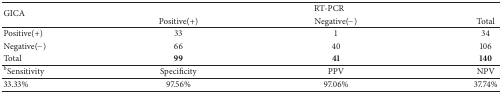
| <ROWSPAN=2> GICA | <COLSPAN=3> RT-PCR |
 | Positive(+) | Negative(−) | Total |
 | --- | --- | --- | --- |
 | Positive(+) | 33 | 1 | 34 |
 | Negative(−) | 66 | 40 | 106 |
 | Total | 99 | 41 | 140 |
 | bSensitivity | Specificity | PPV | NPV |
 | 33.33% | 97.56% | 97.06% | 37.74% |